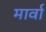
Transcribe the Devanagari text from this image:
मार्वा